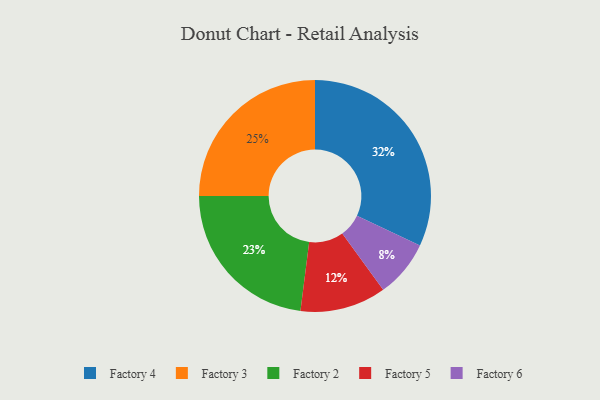
{"axis": {"x": "Category", "y": "Percentage"}, "legend": ["Factory 2", "Factory 3", "Factory 4", "Factory 5", "Factory 6"], "data": [{"x": "Factory 2", "y": 23, "type": "Factory 2"}, {"x": "Factory 3", "y": 25, "type": "Factory 3"}, {"x": "Factory 4", "y": 32, "type": "Factory 4"}, {"x": "Factory 6", "y": 8, "type": "Factory 6"}, {"x": "Factory 5", "y": 12, "type": "Factory 5"}]}